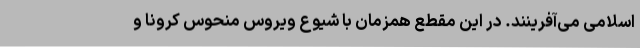
اسلامی می‌آفرینند. در این مقطع همزمان با شیوع ویروس منحوس کرونا و